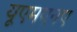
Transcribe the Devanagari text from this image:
यूएमएनए